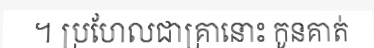
។ ប្រហែលជាគ្រានោះ កូនគាត់